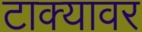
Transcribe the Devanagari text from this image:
टाक्यावर